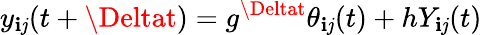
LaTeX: y_{\mathbf{i}\mathit{j}}(t+\Deltat)=g^{\Deltat}\theta_{\mathbf{i}\mathit{j}}(t)+hY_{\mathbf{i}\mathit{j}}(t)